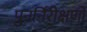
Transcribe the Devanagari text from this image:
पुनर्निरीक्षणों